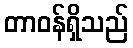
တာဝန်ရှိသည်